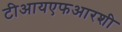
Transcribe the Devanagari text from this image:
टीआयएफआरशी